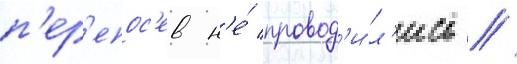
п'ер'епос'ев н'е́ провод'и́л'ись //